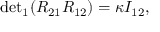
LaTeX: { \operatorname * { d e t } } _ { 1 } ( R _ { 2 1 } R _ { 1 2 } ) = \kappa I _ { 1 2 } ,